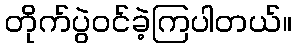
တိုက်ပွဲဝင်ခဲ့ကြပါတယ်။